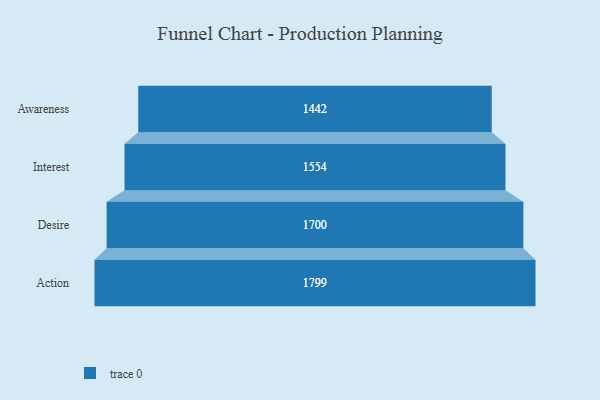
{"axis": {"x": "Stage", "y": "Value"}, "legend": [""], "data": [{"x": "Awareness", "y": 1442.0, "type": ""}, {"x": "Interest", "y": 1554.0, "type": ""}, {"x": "Desire", "y": 1700.0, "type": ""}, {"x": "Action", "y": 1799.0, "type": ""}]}